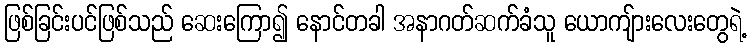
ဖြစ်ခြင်းပင်ဖြစ်သည် ဆေးကြော၍ နောင်တခါ အနာဂတ်ဆက်ခံသူ ယောကျ်ားလေးတွေရဲ့